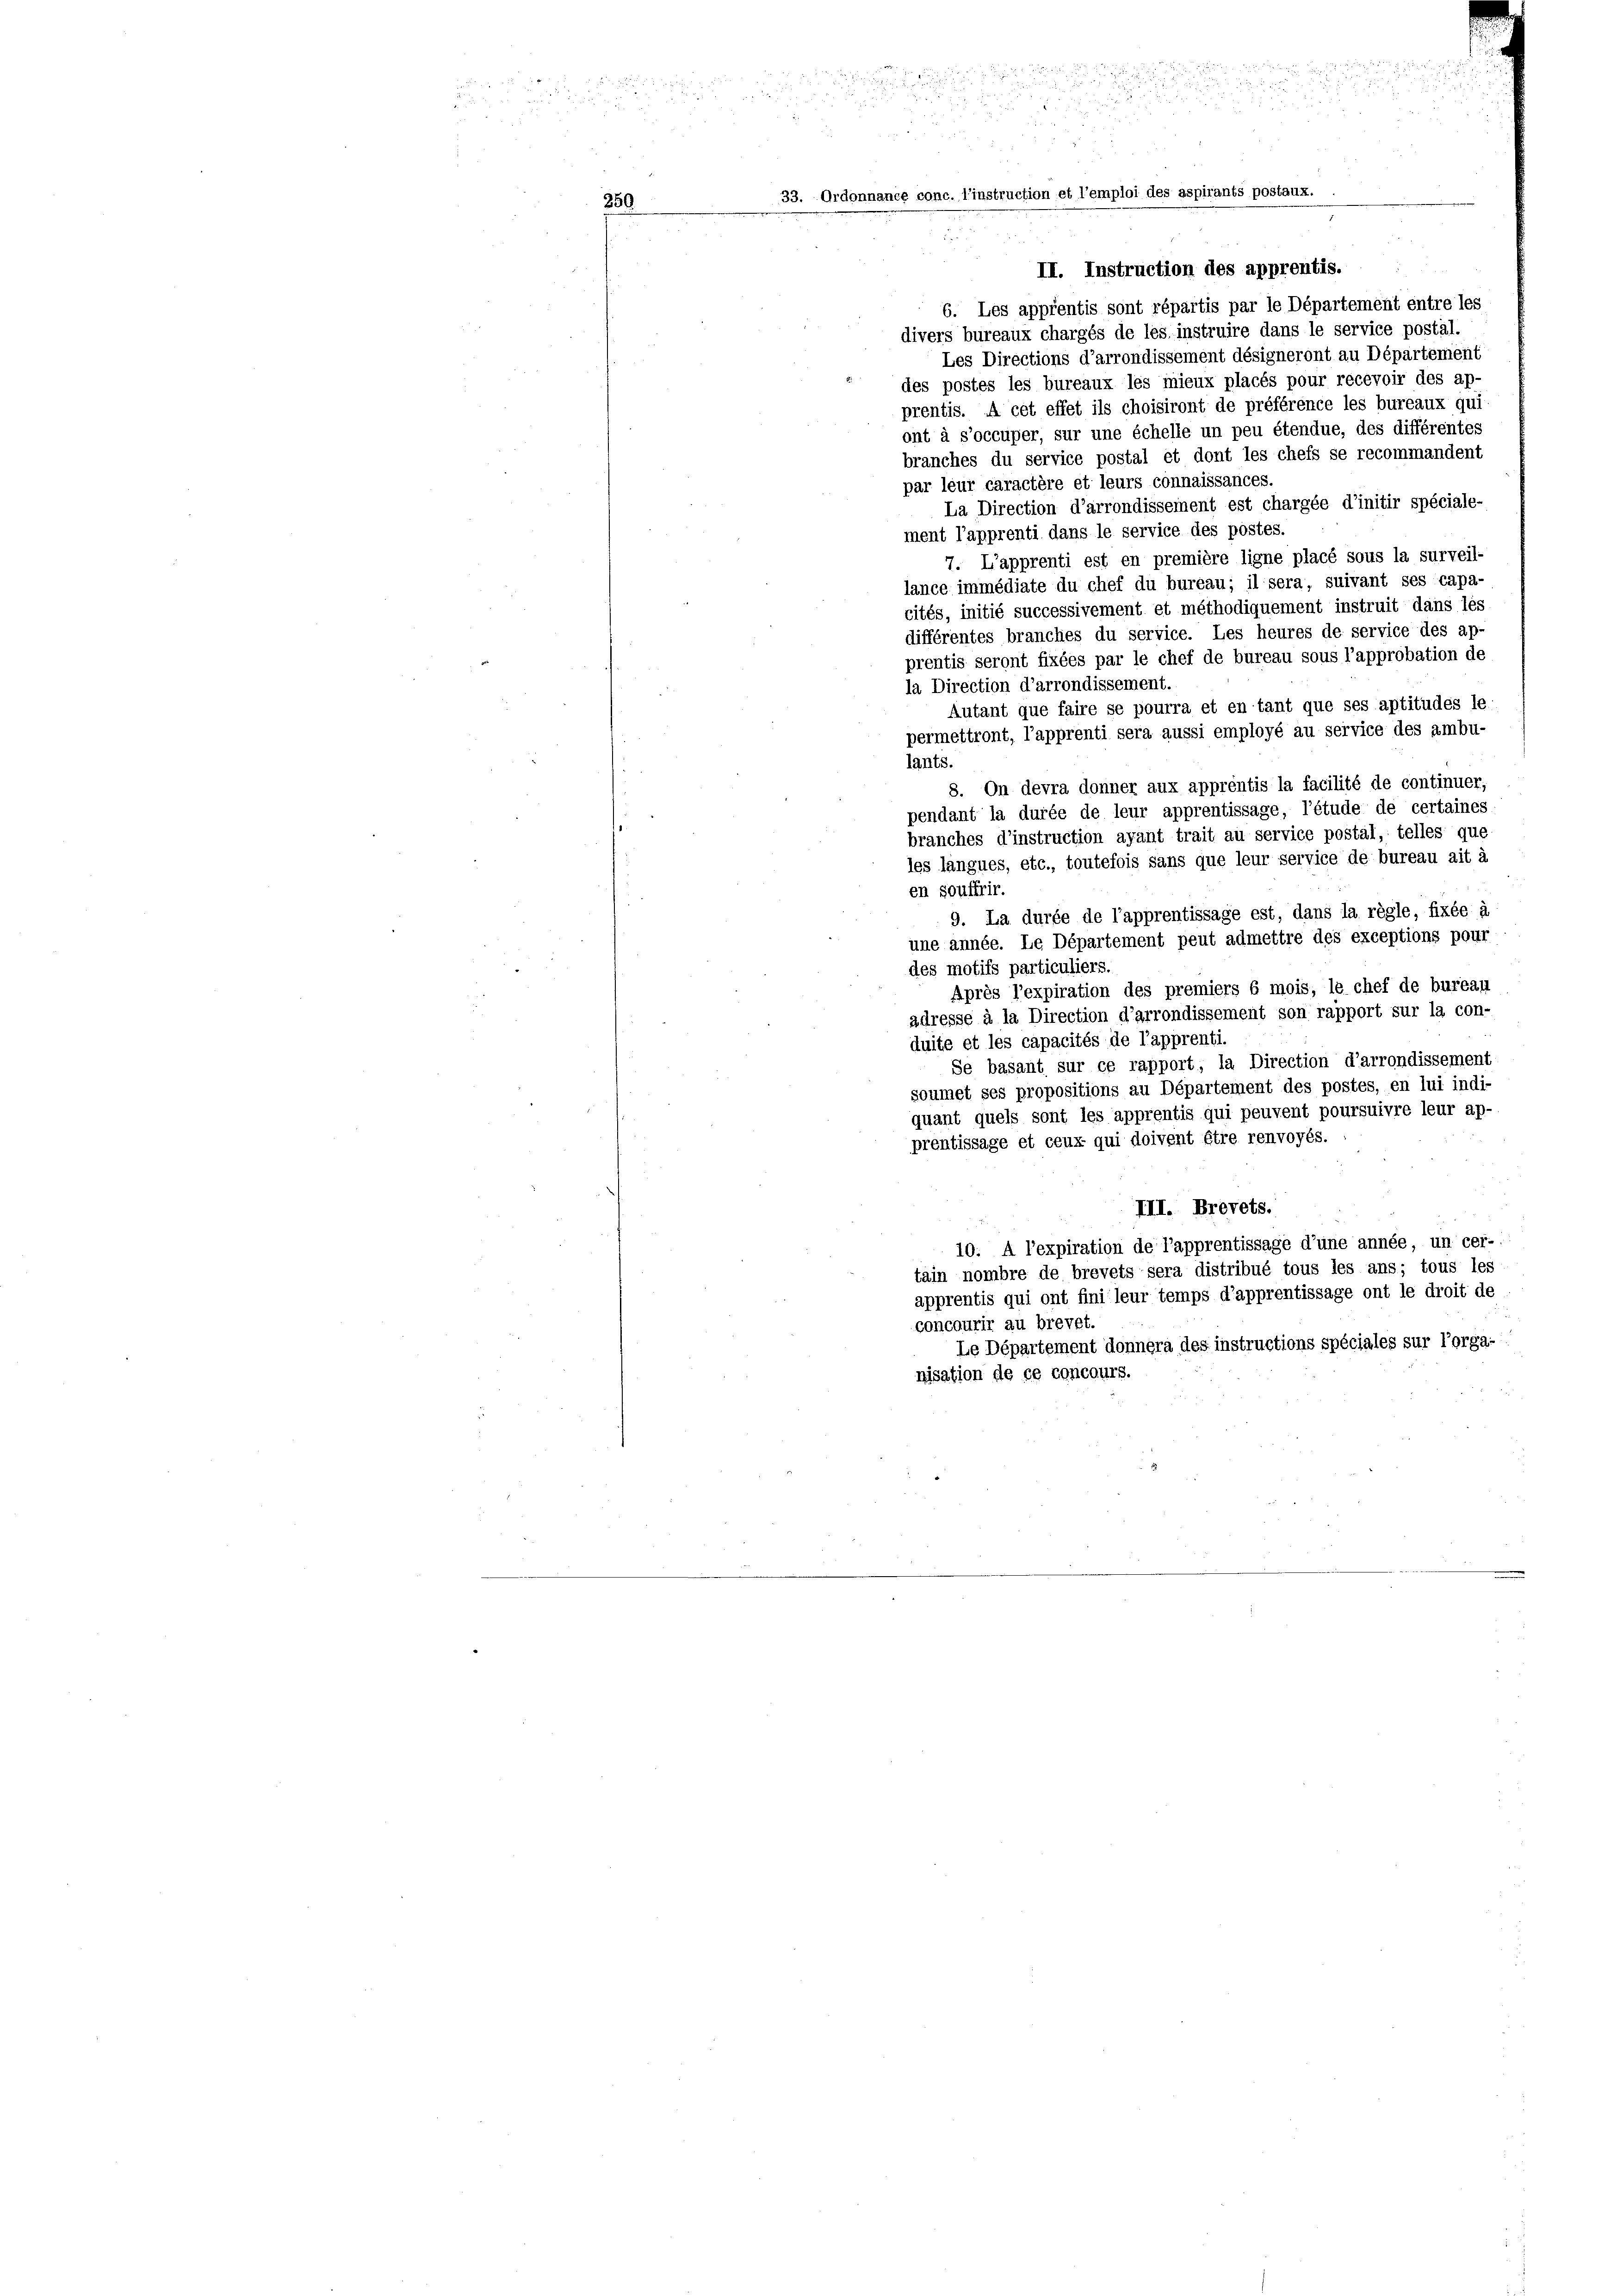
33.  Ordonnance e

l’instruction et l’emploi des aspirants por

II. Instruction des apprentis.
6. Les apprentis sont répartis par le Département entre les
divers bureaux chargés de les instruire dans le service postäl.
Les Directions d’arrondissement désigneront au Département
des postes les bureaux les mieux placés pour recevoir des ap-
prentis. A cet effet ils choisiront de préférence les bureaux qui
ont à s’occuper, sur une échelle un peu étendue, des différentes
branches du service postal et dont les chefs se recommandent
par leur caractère et leurs connaissances.
La Direction d’arrondissement est chargée d’initir spéciale-
ment l’apprenti dans le service des postes.
7. L’apprenti est en première ligne placé sous la surveil-
lance immédiate du chef du bureau; il sera, suivant ses capa-
cités, initié successivement et méthodiquement instruit dans les
différentes branches du service. Les heures de service des ap-
prentis seront fixées par le chef de bureau sous l’approbation de
la Direction d’arrondissement.
Autant que faire se pourra et en tant que ses aptitudes le
permettront, l’apprenti sera aussi employé au service des ambu-
lants.
8. On devra donner aux apprentis la facilité de continuer,
pendant la durée de leur apprentissage, l’étude de certaines
branches d’instruction avant trait au service postal, telles que
les langues, etc., toutefois sans que leur service de bureau ait à
en Souffrir.
9. La durée de l’apprentissage est, dans la règle, fixée à
une année. Le Département peut admettre des exceptions pour
des motifs particuliers.
Après l’expiration des premiers 6 mois, le chef de bureau
adresse à la Direction d’arrondissement son rapport sur la con-
duite et les capacités de l’apprenti.
Se basant sur ce rapport, la Direction d’arrondissement
soumet ses propositions au Département des postes, en lui indi-
quant quels sont les apprentis qui peuvent poursuivre leur ap-
prentissage et ceux qui doivent être renvoyés.
III. Brevets.
10. A l’expiration de l’apprentissage d’une année, un cer-
tain nombre de brevets sera distribué tous les ans; tous les
apprentis qui ont fini leur temps d’apprentissage ont le droit de
concourir au brevet.
Le Département donnera des instructions spéciales sur l’orga-
nisation de ce concours.